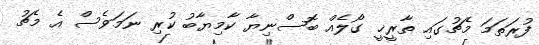
ފުރަތަމަ މެޗުގައި ތާރީޚީ ގޯލެއް ބޮސްނިޔާ ކާމިޔާބު ކުރި ނަމަވެސް އެ މެޗު